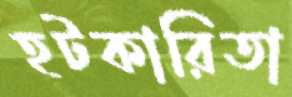
হটকারিতা